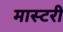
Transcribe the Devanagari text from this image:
मास्‍टरी